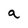
Character: a